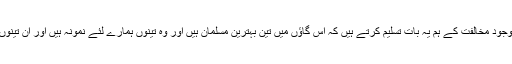
کہتے ہیں انہوں مجھے بتایا کہ باوجود مخالفت کے ہم یہ بات تسلیم کرتے ہیں کہ اس گاؤں میں تین بہترین مسلمان ہیں اور وہ تینوں ہمارے لئے نمونہ ہیں اور اُن تینوں کا تعلق جماعت احمدیہ سے ہے۔